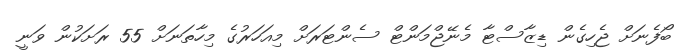
ބޯފެނަށް ޖެހިގެން ޑިޒާސްޓާ މެނޭޖްމަންޓް ސެންޓަރަށް މިއަހަރުގެ މިހާތަނަށް 55 ރަށަކުން ވަނީ